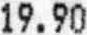
19.90